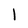
Character: 1